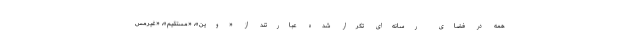
همه در فضای رسانه‌ای تکرار شده عبارتند از «وین»، «مستقیم»، «غیرمس